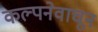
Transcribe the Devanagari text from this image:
कल्पनेवाचून